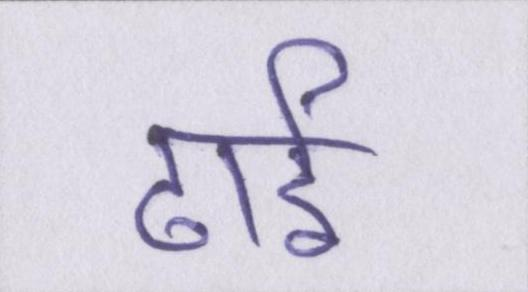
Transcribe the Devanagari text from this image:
ढाई